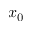
x _ { 0 }